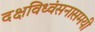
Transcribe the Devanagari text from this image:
दक्षविध्वंसनासमयी